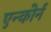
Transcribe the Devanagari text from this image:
एन्कोर्न